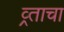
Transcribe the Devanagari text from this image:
व्र्ताचा